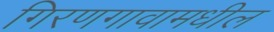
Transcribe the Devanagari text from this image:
गिरणगावामधील